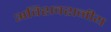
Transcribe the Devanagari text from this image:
अविशवशनीय